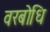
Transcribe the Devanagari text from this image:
वरबोधि